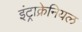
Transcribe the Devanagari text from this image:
इंट्राक्रेनियल